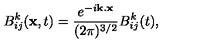
B _ { i j } ^ { k } ( { \bf x } , t ) = \frac { { e } ^ { - i { \bf k } . { \bf x } } } { ( 2 \pi ) ^ { 3 / 2 } } B _ { i j } ^ { k } ( t ) ,